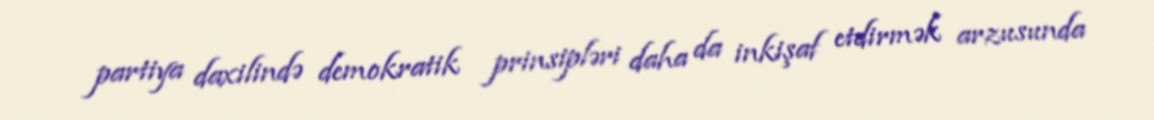
partiya daxilində demokratik prinsipləri daha da inkişaf etdirmək arzusunda